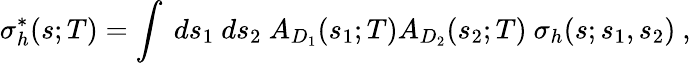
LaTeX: \sigma_{h}^{*}(s;T)=\int~ds_{1}~ds_{2}~A_{D_{1}}(s_{1};T)A_{D_{2}}(s_{2};T)~\sigma_{h}(s;s_{1},s_{2})~,